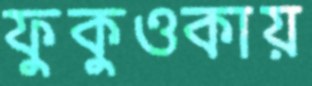
ফুকুওকায়